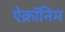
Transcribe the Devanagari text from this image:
ऐक्रॉनिम